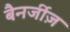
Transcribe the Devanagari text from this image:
बैनर्जीज़